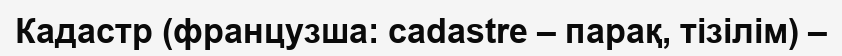
Кадастр (французша: cadastre – парақ, тізілім) –